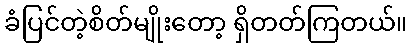
ခံပြင်တဲ့စိတ်မျိုးတော့ ရှိတတ်ကြတယ်။